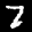
Label: 7